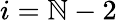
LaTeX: i=\mathbb{N}-2